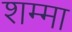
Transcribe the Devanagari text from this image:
शम्मा